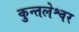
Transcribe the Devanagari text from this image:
कुन्तलेश्वर